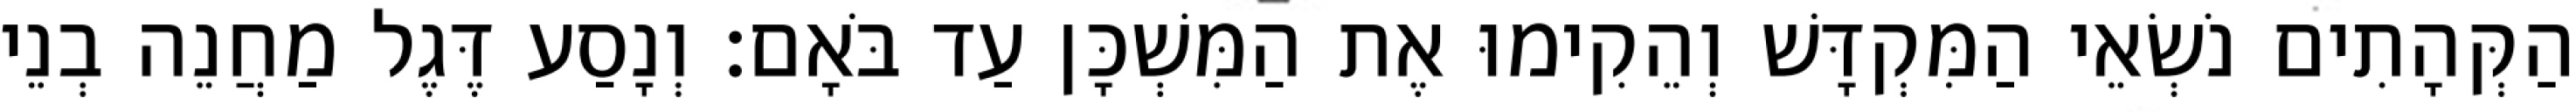
הַקְּהָתִים נֹשְׂאֵי הַמִּקְדָּשׁ וְהֵקִימוּ אֶת הַמִּשְׁכָּן עַד בֹּאָם׃ וְנָסַע דֶּגֶל מַחֲנֵה בְנֵי